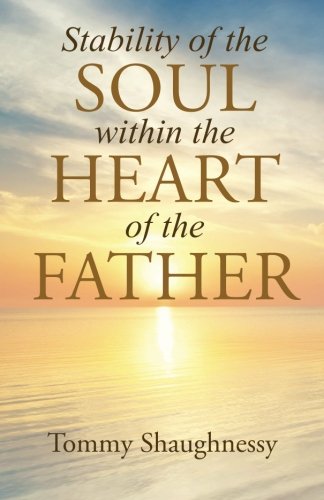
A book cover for Stability of the Soul within the Heart of the Father; Tommy Shaughnessy; Christian Books & Bibles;